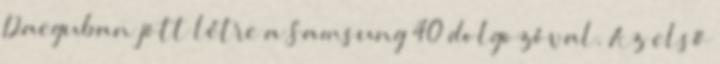
Daeguban jött létre a Samsung 40 dolgozóval. Az első